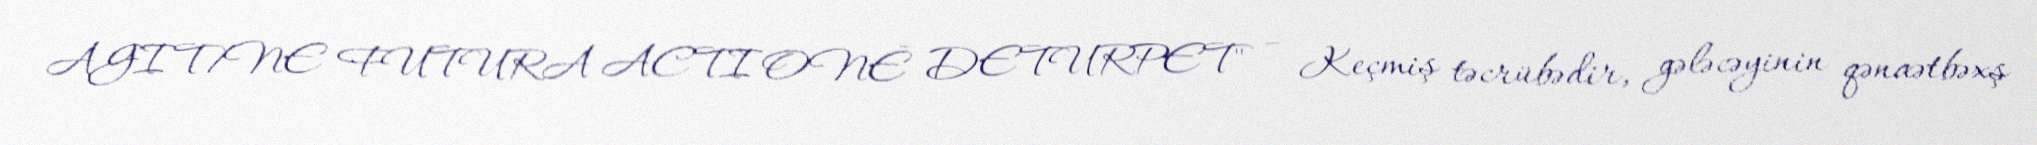
AGIT/NE FUTURA ACTIONẼ DETURPET" – Keçmiş təcrübədir, gələcəyinin qənaətbəxş